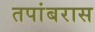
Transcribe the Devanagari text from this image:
तपांबरास